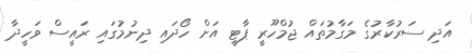
އަދި ސަރުކާރުގެ މަގާމުތައް ޖުމްހޫރީ ޕާޓީ އަށް ހޯދައި ދިނުމުގައި ރައީސް ވަހީދާ